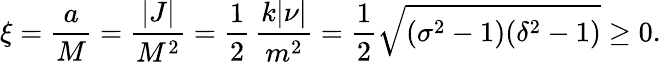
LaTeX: \xi=\frac{a}{M}=\frac{|J|}{M^{2}}=\frac{1}{2}\, \frac{k|\nu|}{m^{2}}=\frac{1}{2}\sqrt{(\sigma^{2}-1)(\delta^{2}-1)}\ge 0.